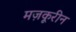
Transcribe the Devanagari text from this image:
मज़कूरीन